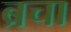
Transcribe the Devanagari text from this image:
ब्रचा